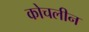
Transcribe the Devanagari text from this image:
कोचलीन